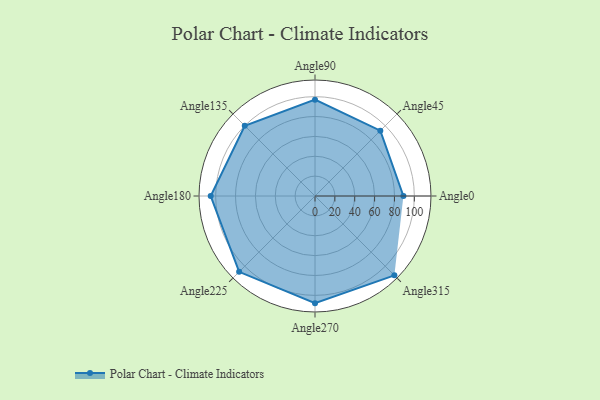
{"axis": {"x": "Angle", "y": "Radius"}, "legend": [""], "data": [{"x": "Angle0", "y": 89.0, "type": ""}, {"x": "Angle45", "y": 93.0, "type": ""}, {"x": "Angle90", "y": 97.0, "type": ""}, {"x": "Angle135", "y": 100.0, "type": ""}, {"x": "Angle180", "y": 105.0, "type": ""}, {"x": "Angle225", "y": 108.0, "type": ""}, {"x": "Angle270", "y": 108.0, "type": ""}, {"x": "Angle315", "y": 113.0, "type": ""}]}